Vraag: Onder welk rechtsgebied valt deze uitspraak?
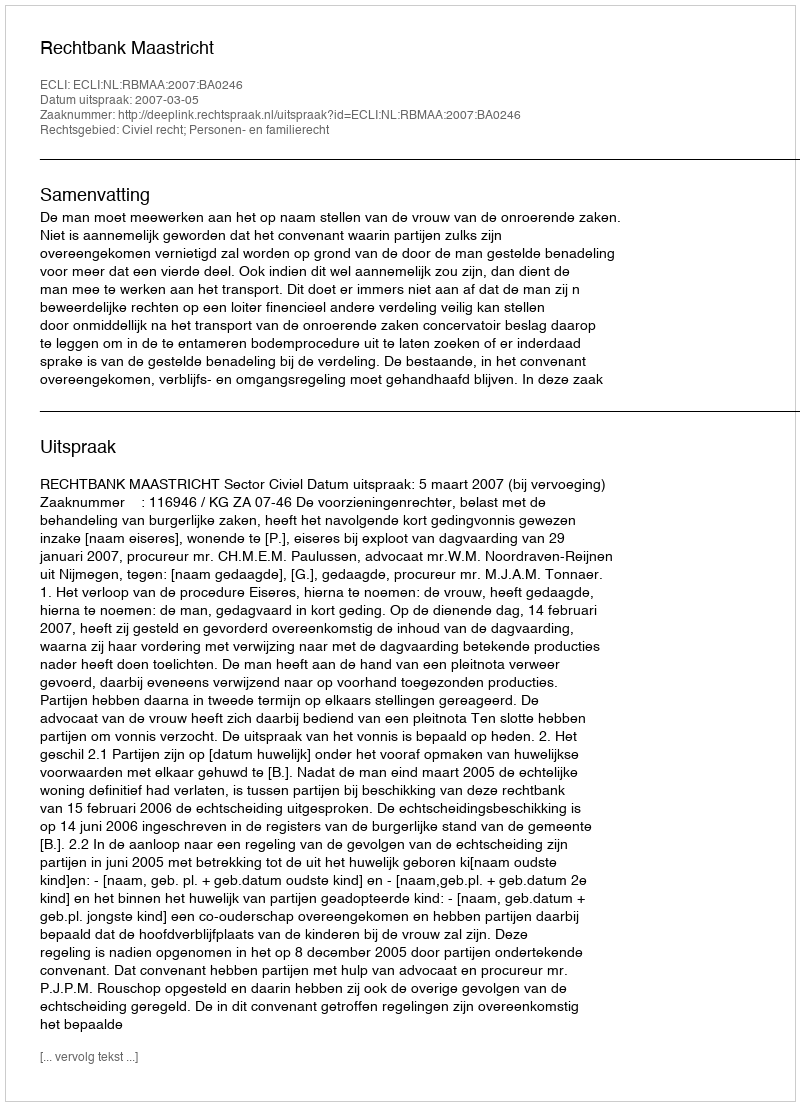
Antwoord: Civiel recht; Personen- en familierecht